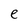
Character: e